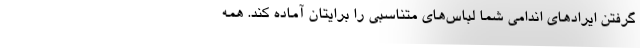
گرفتن ایرادهای اندامی شما لباس‌های متناسبی را برایتان آماده کند. همه